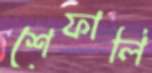
শেফালি